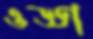
ওড্ডা